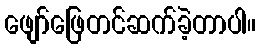
ဖျော်ဖြေတင်ဆက်ခဲ့တာပါ။